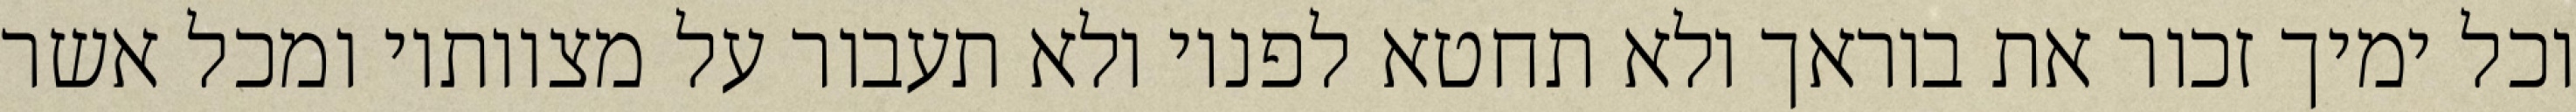
וכל ימיך זכור את בוראך ולא תחטא לפניו ולא תעבור על מצוותיו ומכל אשר